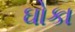
ઘોકા